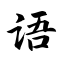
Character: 语